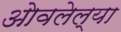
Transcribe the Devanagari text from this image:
ओवलेल्या